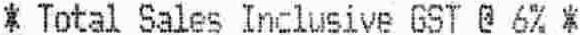
* TOTAL SALES INCLUSIVE GST @ 6% *